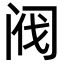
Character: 阀